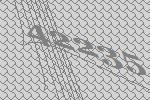
42235